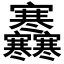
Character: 𡬜